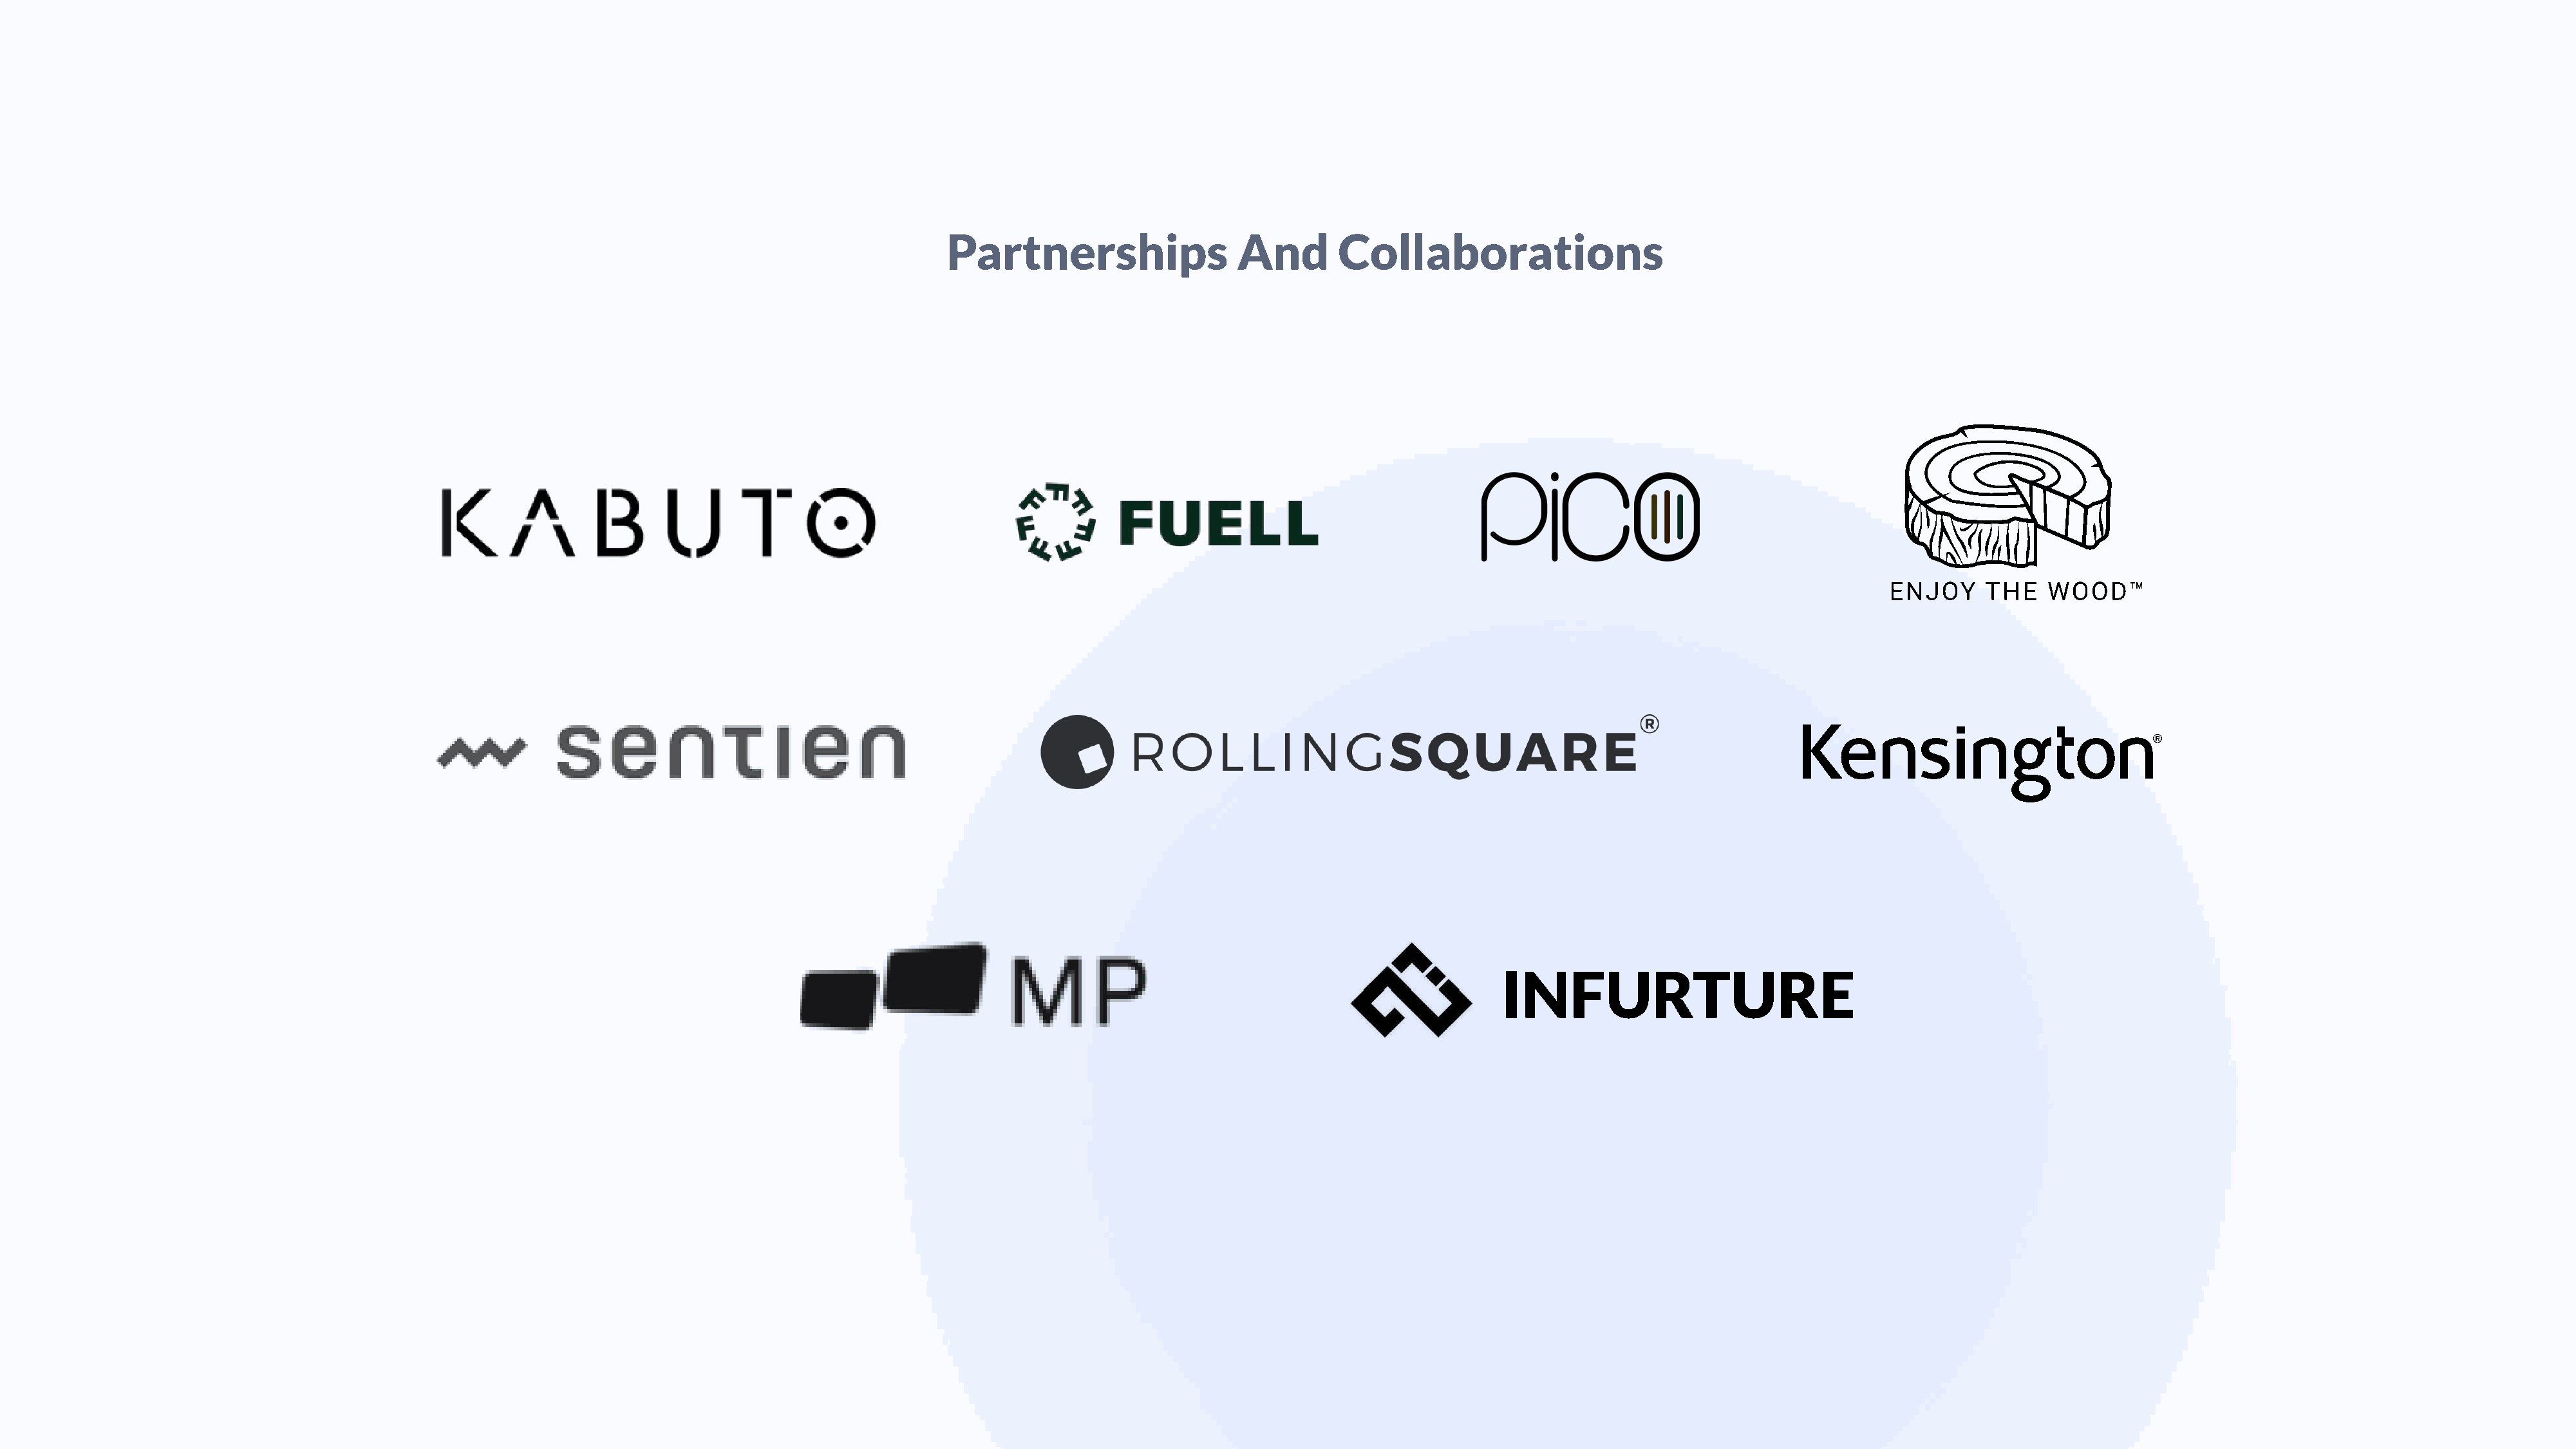
Partnerships                  and        collaborations